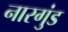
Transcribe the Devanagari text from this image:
नारगुंड